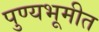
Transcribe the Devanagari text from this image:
पुण्यभूमीत